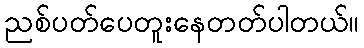
ညစ်ပတ်ပေတူးနေတတ်ပါတယ်။